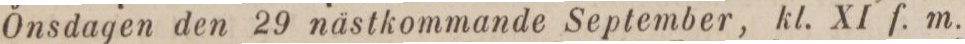
Onsdagen den 29 nästkommande September, kl. XI f. m.,